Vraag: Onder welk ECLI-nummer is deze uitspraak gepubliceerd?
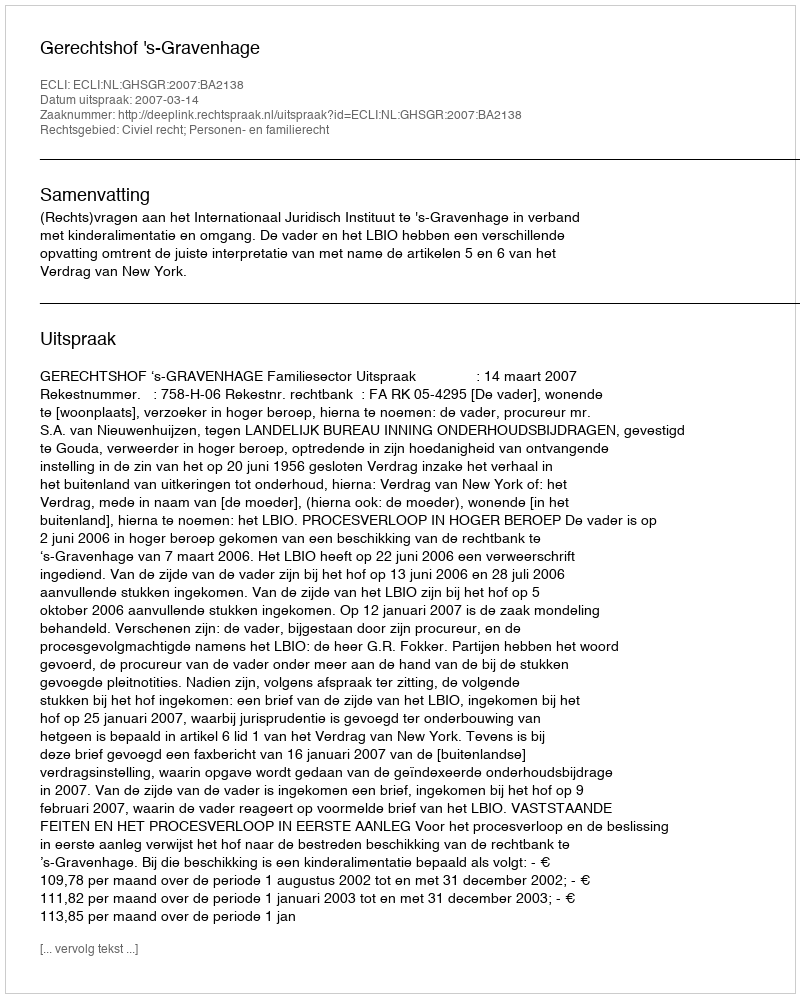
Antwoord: ECLI:NL:GHSGR:2007:BA2138